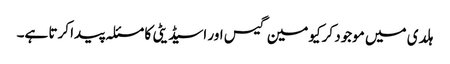
ہلدی میں موجود کرکیومین گیس اور اسیڈیٹی کا مسئلہ پیدا کرتا ہے۔